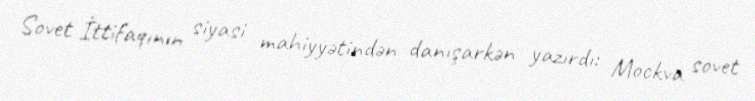
Sovet İttifaqının siyasi mahiyyətindən danışarkən yazırdı: Mockva sovet